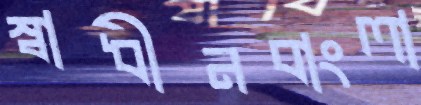
স্বাধীনবাংলা